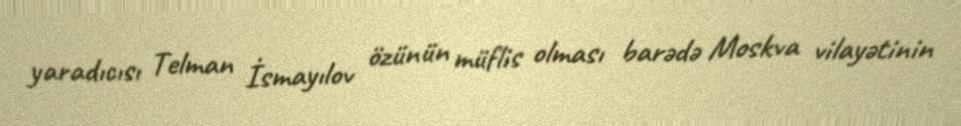
yaradıcısı Telman İsmayılov özünün müflis olması barədə Moskva vilayətinin